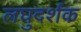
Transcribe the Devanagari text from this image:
लघुदर्शक